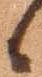
候